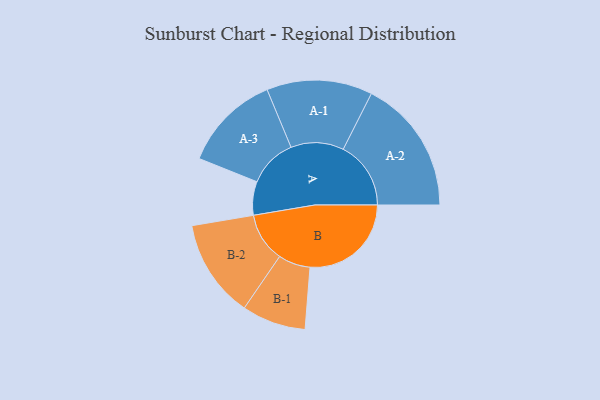
{"axis": {"x": "Segment", "y": "Value"}, "legend": ["", "A", "B"], "data": [{"x": "A", "y": 148, "type": ""}, {"x": "B", "y": 446, "type": ""}, {"x": "A-1", "y": 233, "type": "A"}, {"x": "A-2", "y": 298, "type": "A"}, {"x": "A-3", "y": 215, "type": "A"}, {"x": "B-1", "y": 141, "type": "B"}, {"x": "B-2", "y": 217, "type": "B"}]}